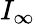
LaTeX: I_{\infty}